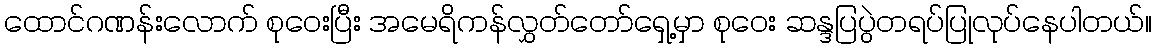
ထောင်ဂဏန်းလောက် စုဝေးပြီး အမေရိကန်လွှတ်တော်ရှေ့မှာ စုဝေး ဆန္ဒပြပွဲတရပ်ပြုလုပ်နေပါတယ်။